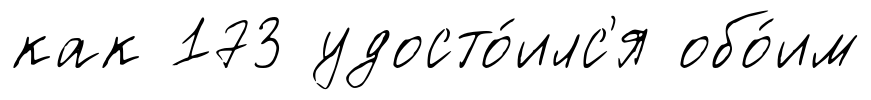
как 173 удосто́илс'я обо́им